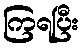
ကြရပြီး